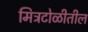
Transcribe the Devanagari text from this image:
मित्रटोळीतील